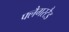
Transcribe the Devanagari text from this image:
फ्लैगस्टैड